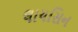
લાયસિન